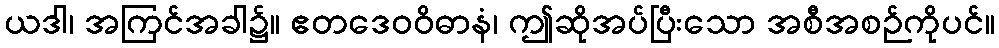
ယဒါ၊ အကြင်အခါ၌။ ဧတဒေဝဝိဓာနံ၊ ဤဆိုအပ်ပြီးသော အစီအစဉ်ကိုပင်။